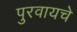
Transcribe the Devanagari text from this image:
पुरवायचे